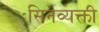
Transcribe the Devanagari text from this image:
सिनेव्यक्ती